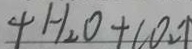
+ H _ { 2 } O + C O _ { 2 } \uparrow